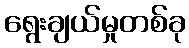
ရွေးချယ်မှုတစ်ခု